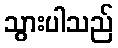
သွားပါသည်